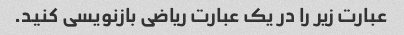
عبارت زیر را در یک عبارت ریاضی بازنویسی کنید.